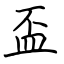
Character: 盃